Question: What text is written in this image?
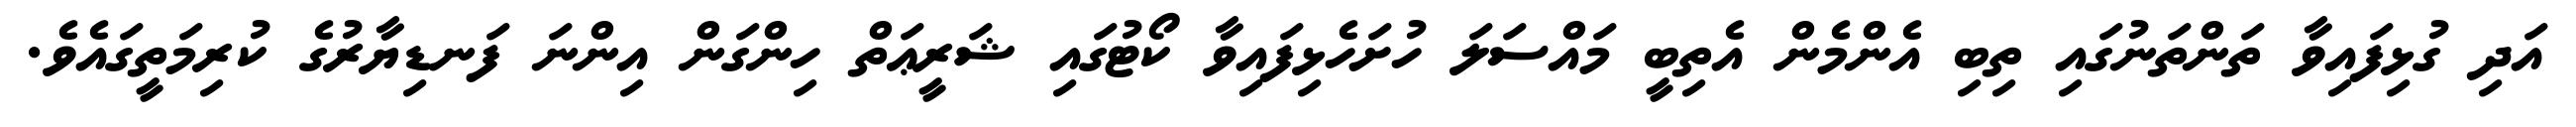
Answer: އަދި ގުޅިފައިވާ ތަންތަނުގައި ތިބި އެންމެން އެތިބީ މައްސަލަ ހުށަހެޅިފައިވާ ކޯޓުގައި ޝަރީޢަތް ހިންގަން އިންނަ ފަނޑިޔާރުގެ ކުރިމަތީގައެވެ.